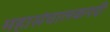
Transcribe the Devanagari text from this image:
महासंचालकपदी